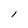
Character: l